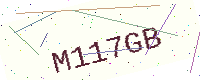
Text: M117GB